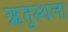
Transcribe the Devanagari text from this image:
ऋतुस्थला